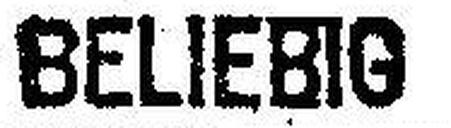
BELIEBIG